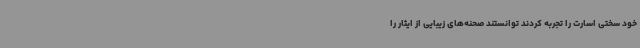
خود سختی اسارت را تجربه کردند توانستند صحنه‌های زیبایی از ایثار را